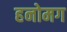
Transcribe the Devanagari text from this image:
हनोमग